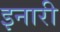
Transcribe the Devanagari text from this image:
इनारी